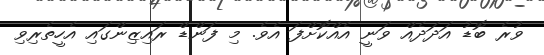
ވުރެ ބޮޑު އަދަދެއް ވަނީ އެއްކޮށްފަ އެވެ. މި ފަންޑް ރައިޒިންގައި އެހީތެރިވި